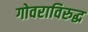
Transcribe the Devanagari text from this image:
गोवराविरुद्ध